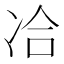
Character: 冾